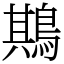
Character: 䳢